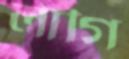
লাগি